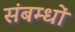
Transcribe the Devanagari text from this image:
संबम्धों